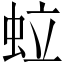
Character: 𧉼